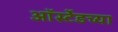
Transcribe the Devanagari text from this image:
ऑर्स्टेडच्या